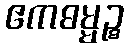
ဧကဓမ္မဉ္စ